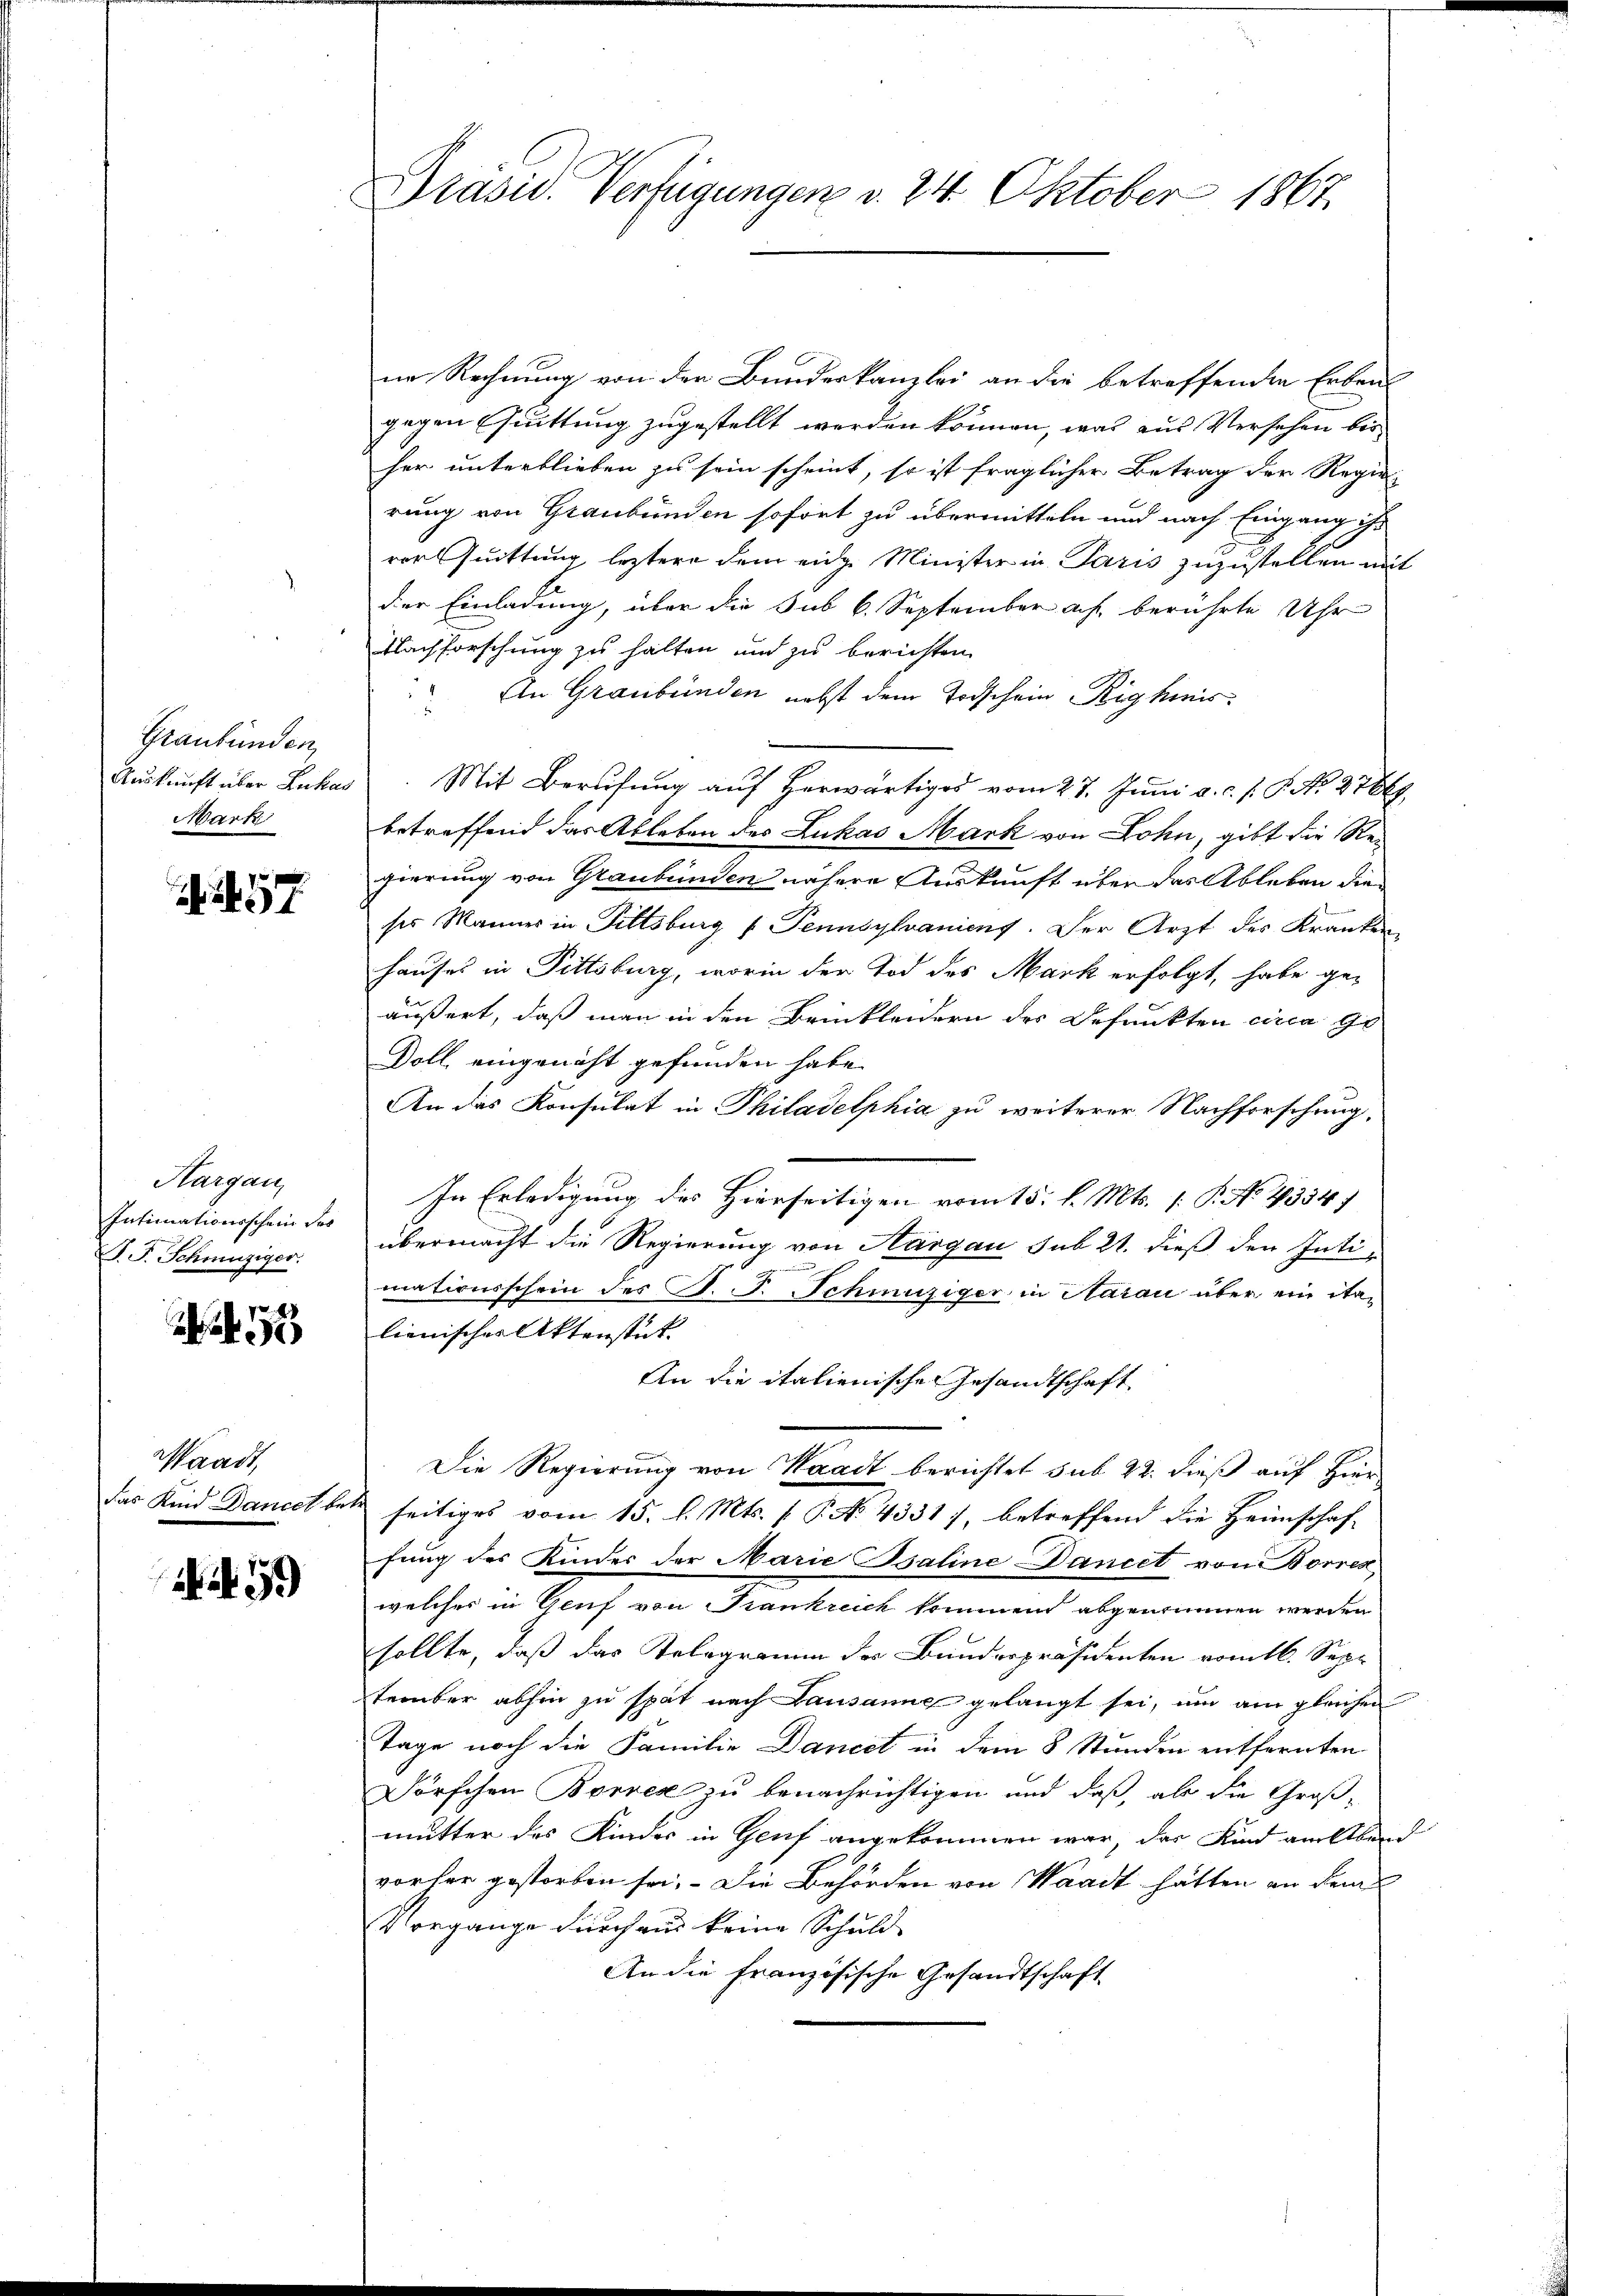
Graubünden,
Auskunft über Lukas
Mark

F. S. 17

Hargau,
Intimationsschein des
P. F. Schmüziger.

Waadt,
das Kind Daneck betr.

59

Präsid. Verfügungen v. 24. Oktober 1867.

ne Rechnung von der Bundeskanzlei an die betreffenden Erben
gegen Quittung zugestellt werden können, was aus Versehen bis
her unterblieben zu sein scheint, so ist fraglicher Betrag der Regier
rung von Graubünden sofort zu übermitteln und nach Eingang ihr
vor Quittung leztere dem eige Minister in Paris zuzustellen mit
der Einladung, über die sub 6. September ach berührte Uhr
Nachforschung zu halten und zu berichten
An Graubünden nebst dem Todschein Righinis
Mit Berufung auf Herwärtiges vom 27. Juni a. c. s. S. N. 2786
betreffend das Ableben des Lukas Mark von Lohn, gibt die Regierung von Graubünden nähere Auskunft über das Ableben die
ses Mannes in Fittsburg "Pennsylvaniens. Der Arzt des Kranken,
hauses in Pittsburg, worin der Tod des Mark erfolgt, habe ge-
äußert, daß man in den Brinkleidern der Befunkten circa 90
Doll, eingenäht gefunden habe.
An das Konsulat in Philadelphia zu weiterer Nachforschung,
In Erledigung des Hierseitigen vom 15. d. Mts. 1. P. No 4334.
übermacht die Regierung von Aargau sub 21. dieß den Intimationsschein des St. P. Schinziger in Aarau über ein italienischer Aktenstat
An die italienischen Gesandtschaft
Die Regierung von Waadt berichtet sub 22. dieß auf Hierseitiges vom 15. l. Mts. 1. P. No. 43317, betreffend die Heimschaf-
fung des Kinder der Marie Baline Daniet von Borred
welches in Genf von Krankreich kommen abgenommen werden
sollte, daß das Telegramm des Bundespräsidenten vom 16. Sept
terüber abhin zu spät nach Lausanne gelangt sei, um am gleichen
Tage noch die Familie Dancet in dem 8 Stunden entfernten
Dörschen Borrer zu benachrichtigen und daß, als die Groß-
mutter des Kindes in Genf angekommen war, der Kind anstand
vorher gestorben sei. Die Behörden von Waadt hätten an dem
Vorgange durch aus keine Schuld-
An die französische Gesandtschaft